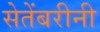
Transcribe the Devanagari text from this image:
सेतेंबरीनी